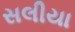
સલીયા